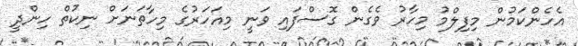
އެހެންކަމުން މިފިލްމު މިހާރު ވެގެން ގޮސްފައި ވަނީ މިއަހަރުގެ މިހާތަނަަށް ނިކުތް ހިންދީ